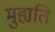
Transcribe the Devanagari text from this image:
मुह्यति